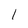
Character: 1